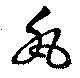
風